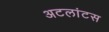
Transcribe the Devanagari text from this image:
अटलांटस